Account of plague administration in the Bombay Presidency from September 1896 till May 1897
Year: 1896
Disease focus: Plague
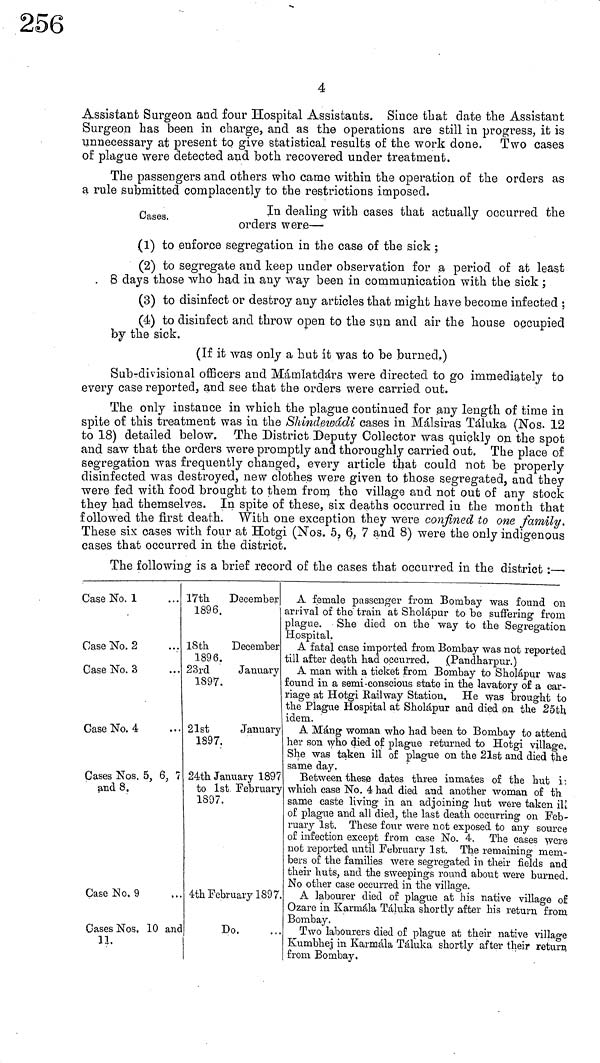
4
Assistant Surgeon and four Hospital Assistants. Since that date the Assistant
Surgeon has been in charge, and as the operations are still in progress, it is
unnecessary at present to give statistical results of the work done. Two cases
of plague were detected and both recovered under treatment.
The passengers and others who came within the operation of the orders as
a rule submitted complacently to the restrictions imposed.
Oases.
In dealing with cases that actually occurred the
orders were—
(1) to enforce segregation in the case of the sick ;
(2) to segregate and keep under observation for a period of at least
8 days those who had in any way been in communication with the sick ;
(3) to disinfect or destroy any articles that might have become infected ;
(4) to disinfect and throw open to the sun and air the house occupied
by the sick.
(If it was only a hut it was to be burned;
Sub-divisional officers and Mámlatdárs were directed to go immediately to
every case reported, and see that the orders were carried out.
The only instance in which the plague continued for any length of time in
spite of this treatment was in the Shindewádi cases in Málsiras Táluka (Nos. 12
to 18) detailed below. The District Deputy Collector was quickly on the spot
and saw that the orders were promptly and thoroughly carried out. The place of
segregation was frequently changed, every article that could not be properly
disinfected was destroyed, new clothes were given to those segregated, and they
were fed with food brought to them from the village and not out of any stock
they had themselves. In spite of these, six deaths occurred in the month that
followed the first death. With one exception they were confined to one family.
These six cases with four at Hotgi (Nos. 5, 6, 7 and 8) were the only indigenous
cases that occurred in the district.
The following is a brief record of the cases that occurred in the district :—
Case No. 1
Case No. 2
Case No. 3
Gase No. 4
Cases Nos. 5, 6, 7
and 8.
Case No. 9
Gases Nos. 10
11.
...
...
...
...
, .
and
17th
December
1896.
18th
December
1896.
23rd
January
1897.
21st
January
1897.
24th January 1897
to 1st February
1897.
4th February 189 7
Do.
A female passenger from Bombay was found on
arrival of the train at Sholápur to be suffering from
plague. She died on the way to the Segregation
Hospital.
A fatal case imported from Bombay was not reported
bill after death had occurred. (Pancharpur.)
A man with a ticket from Bombay to Sholápur was
found in a semi-conscious state in the lavatory of a car-
riage at Hotgi Railway Station. He was brought to
the Plague Hospital at Sholápur and died on the 25th
idem.
A Máng woman who had been to Bombay to attend
her son who died of plague returned to Hotgi village,
She was taken ill of plague on the 21st and died the
same day.
Between these dates three inmates of the hut i:
which case No. 4 had died and another woman of th
same caste living in an adjoining hut were taken ill
of plague and all died, the last death occurring on Feb-
ruary 1st. These four were not exposed to any source
of infection except from case No. 4. The cases were
not reported until February 1st. The remaining mem-
bers of the families were segregated in their fields and
their huts, and the sweepings round about were burned.
No other case occurred in the village.
A labourer died of plague at his native village of
Ozare in Karmála Táluka shortly after his return from
Bombay.
Two labourers died of plague at their native village
Kumbhej in Karmála Táluka shortly after their return
from Bombay.